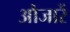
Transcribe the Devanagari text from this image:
औजारें